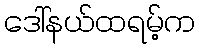
ဒေါ်နယ်ထရမ့်က